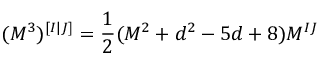
( M ^ { 3 } ) ^ { [ I | J ] } = \frac { 1 } { 2 } ( M ^ { 2 } + d ^ { 2 } - 5 d + 8 ) M ^ { I J }